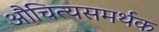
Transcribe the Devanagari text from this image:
औचित्यसमर्थक